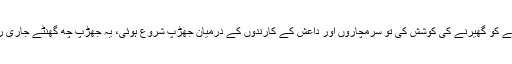
23 اکتوبر کل صبح آٹھ بجے آواران کے علاقے جھاؤ کورک میں داعش کے کارندوں نے سرمچاروں کے ایک ٹھکانے کو گھیرنے کی کوشش کی تو سرمچاروں اور داعش کے کارندوں کے درمیان جھڑپ شروع ہوئی، یہ جھڑپ چھ گھنٹے جاری رہی اور داعش کی مدد کو پاکستانی فوج پہنچ گئی ، سرمچار گھیراؤ توڑنے میں کامیاب ہوئے اور بحفاظت نکل گئے۔